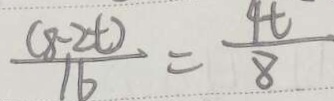
\frac { ( 8 - 2 t ) } { 1 6 } = \frac { 4 t } { 8 }